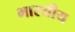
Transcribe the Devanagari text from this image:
भारयीय